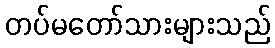
တပ်မတော်သားများသည်